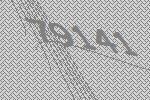
79141